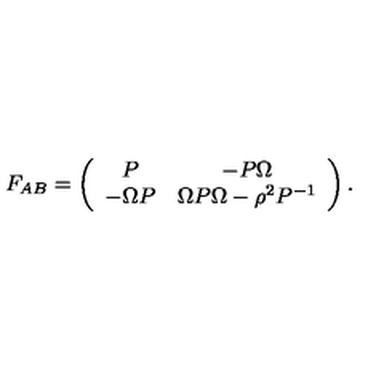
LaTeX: F _ { A B } = \left( \begin{array} { c c c } { P } & { - P \Omega } \\ { - \Omega P } & { \Omega P \Omega - \rho ^ { 2 } P ^ { - 1 } } \\ \end{array} \right) .